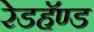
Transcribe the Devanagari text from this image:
रेडहॅण्ड